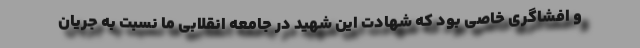
و افشاگری خاصی بود که شهادت این شهید در جامعه انقلابی ما نسبت به جریان